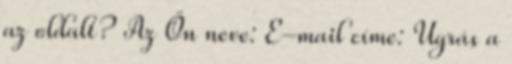
az oldalt? Az Ön neve: E-mail címe: Ugrás a